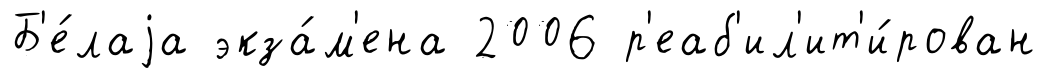
Б'е́лаjа экза́м'ена 2006 р'еаб'ил'ит'и́рован